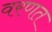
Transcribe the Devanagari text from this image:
वरणत